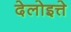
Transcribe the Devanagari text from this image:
देलोइत्ते